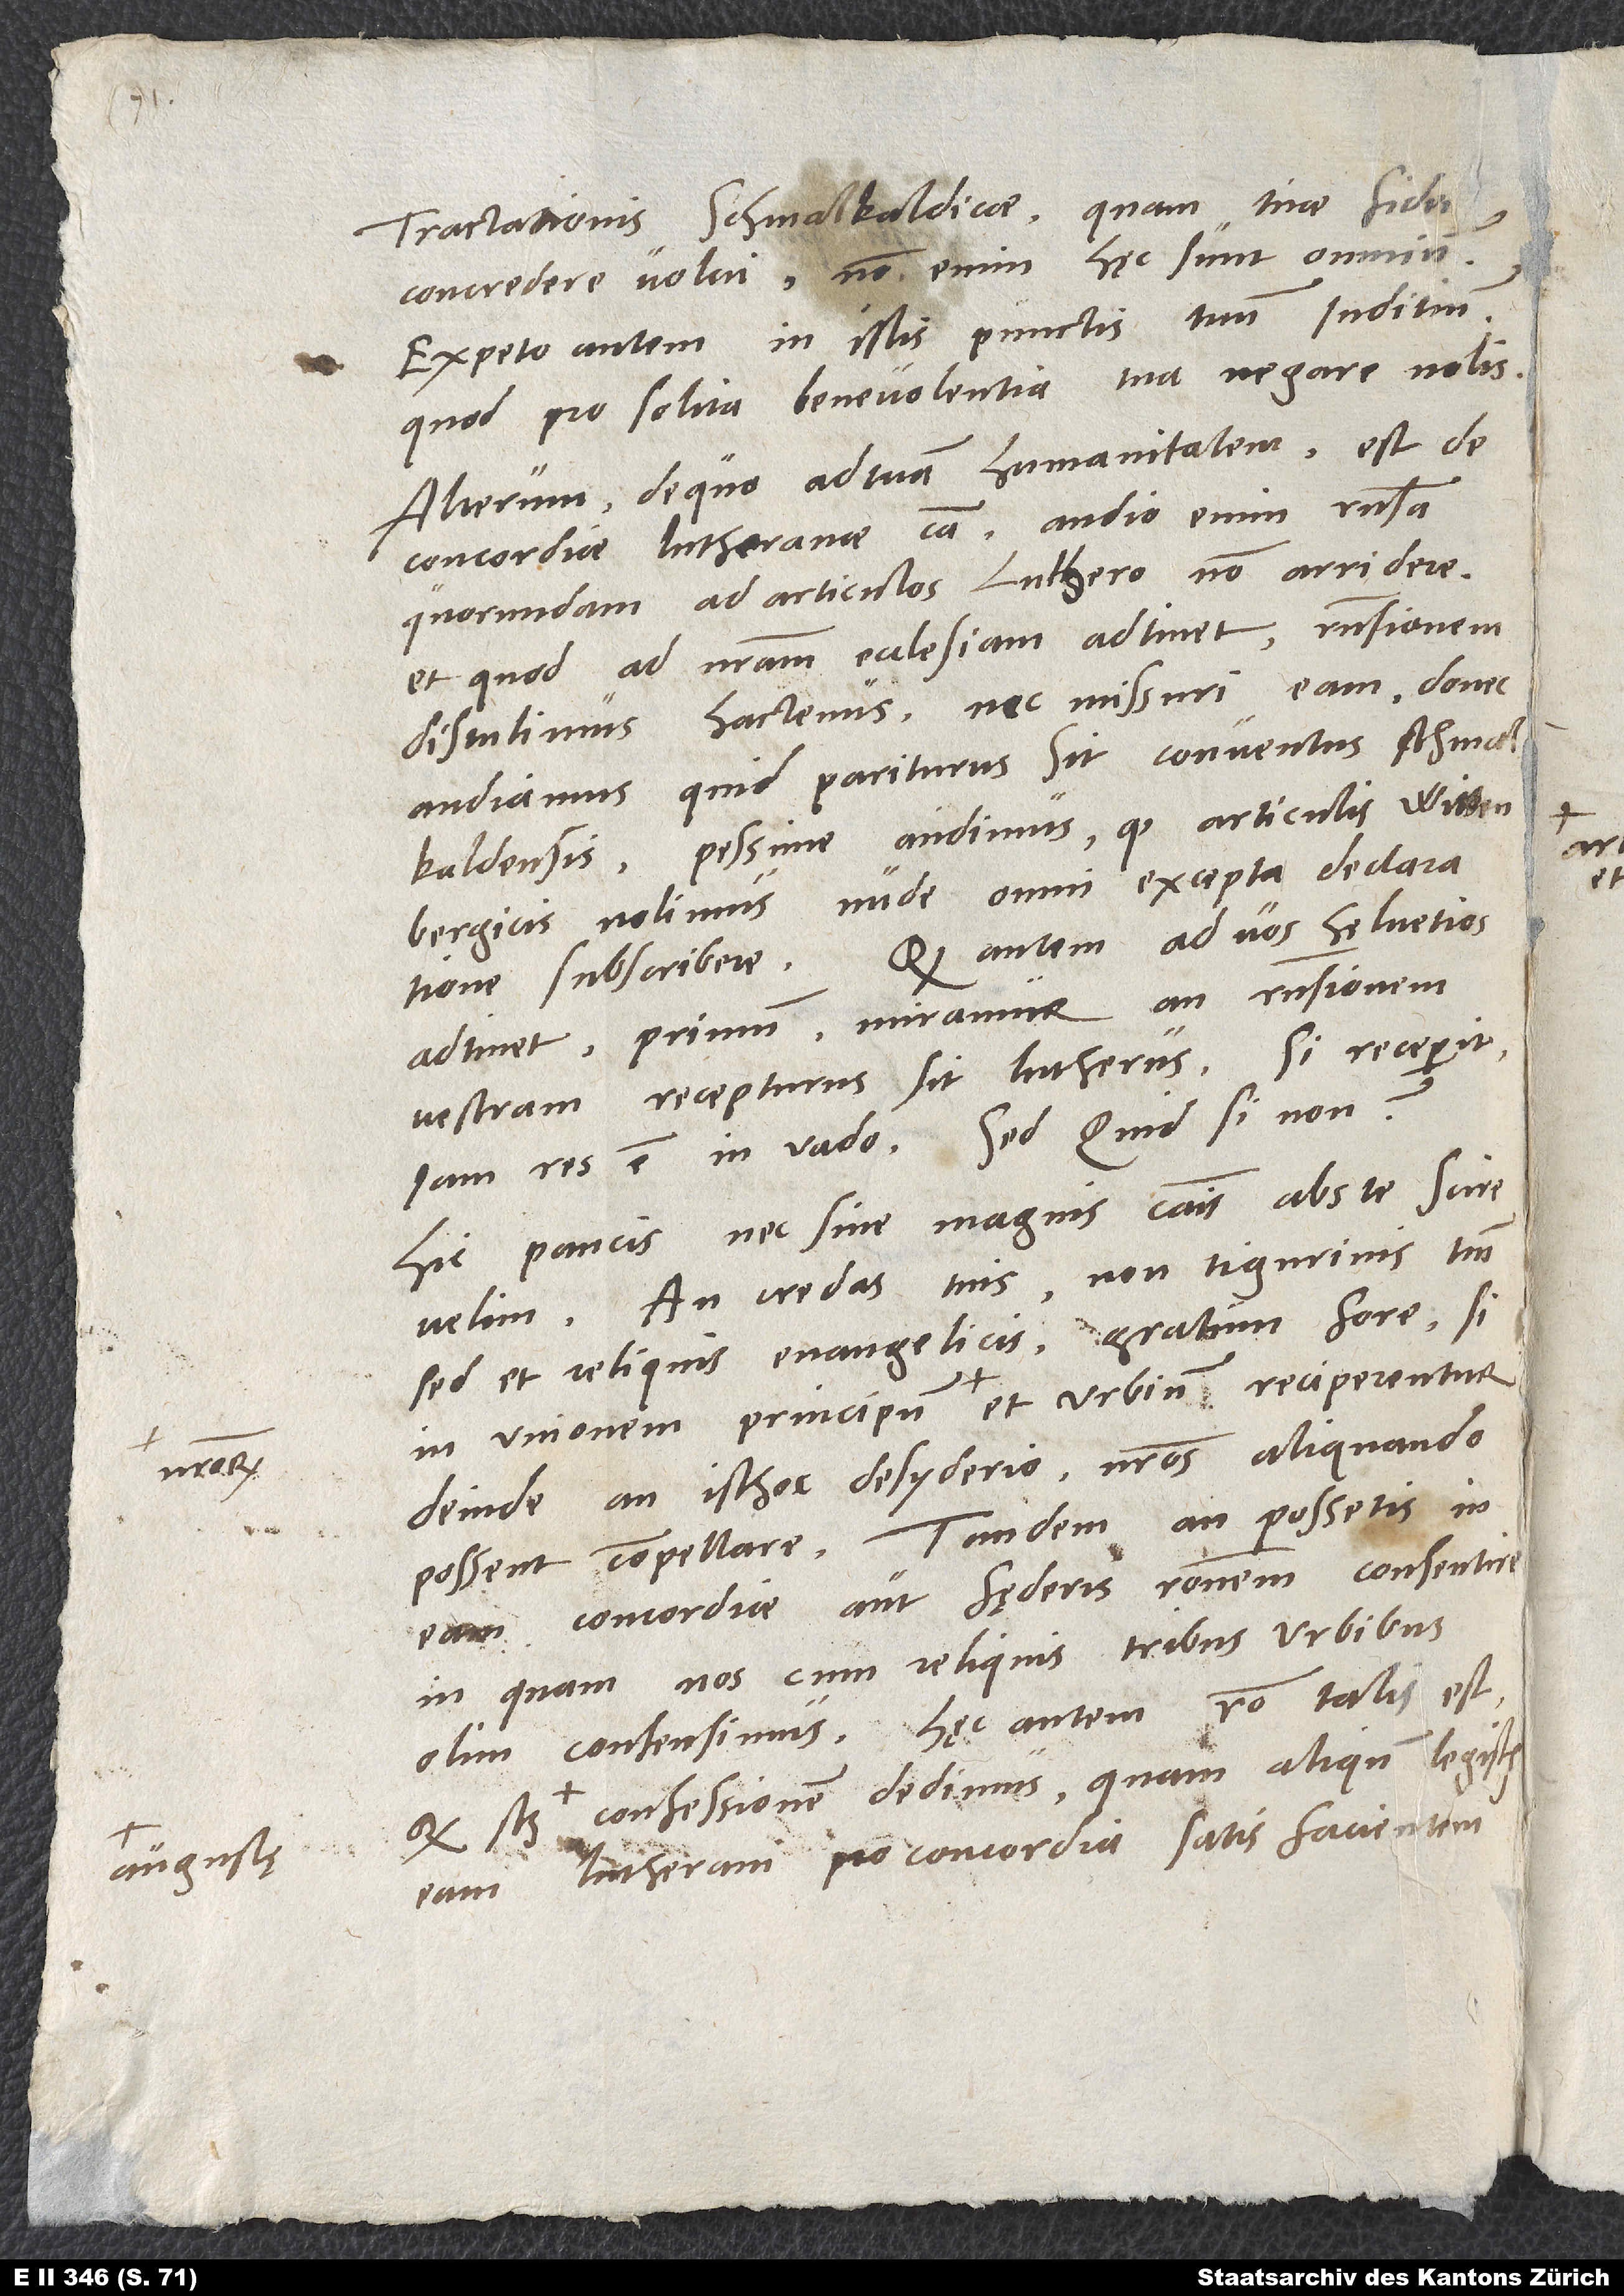
nostrorum
Augustae

tractationis Schmalkaldicae, quam tuae fidei
concredere volui; non enim haec sunt omnium.
Expecto autem in istis punctis tuum iuditium,
quod pro solita benevolentia tua negare nous.
Alterum, de quo ad tuam humanitatem, est de
concordiae Lutheranae causa. Audio enim responsa
quorundam ad articulos Luthero non arridere,
et quod ad nostram ecclesiam adtinet, responsionem
distulimus hactenus nec missuri eam, donec
audiamus, quid pariturus sit conventus Schmalkaldensis.
nolimus nude omni excepta declaratione
subscribere. Quod autem ad vos Helvetios
adtinet, primum miramur, an responsionem
vestram recepturus sit Lutherus. Si receperit,
iam res est in vado. Sed quid, si non?
Hic paucis nec sine magnis causis abs te scire
velim, an credas tuis, non Tigurinis tantum,
sed et reliquis evangelicis gratum fore, si
Deinde, an isthoc desyderio nostros aliquando
possent compellare. Tandem, an possetis in
eam concordiae aut faederis rationem consentire,
in quam nos cum reliquis tribus urbibus
olim consensimus. Haec autem ratio talis est,
confessionem dedimus, quam aliquando legistis.
Eam Lutherani pro concordia satis facientem